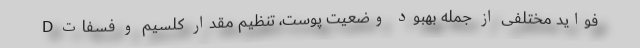
D فواید مختلفی از جمله بهبود وضعیت پوست، تنظیم مقدار کلسیم و فسفات